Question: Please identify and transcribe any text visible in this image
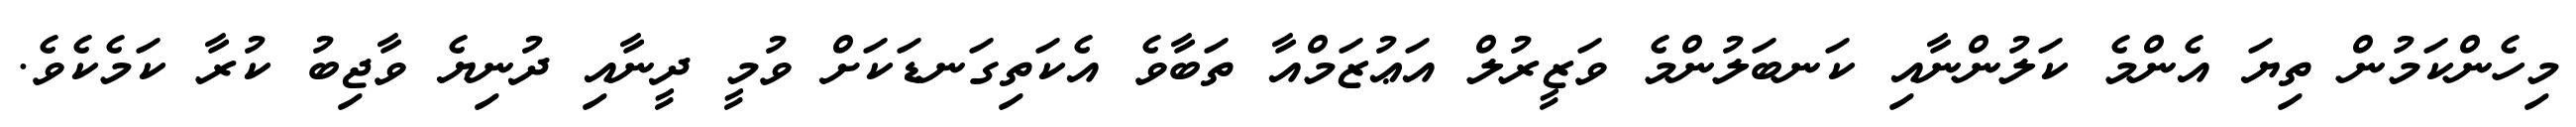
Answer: މިހެންކަމުން ތިޔަ އެންމެ ކަލުންނާއި ކަނބަލުންމެ ވަޒީރުލް އަޢުޒަމްއާ ތަބާވެ އެކަތިގަނޑަކަށް ވުމީ ދީނާއި ދުނިޔެ ވާޖިބު ކުރާ ކަމެކެވެ.